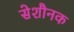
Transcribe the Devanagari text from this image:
सेशौनक